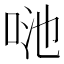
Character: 𠲨